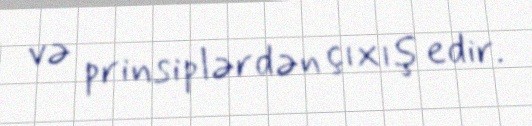
və prinsiplərdən çıxış edir.